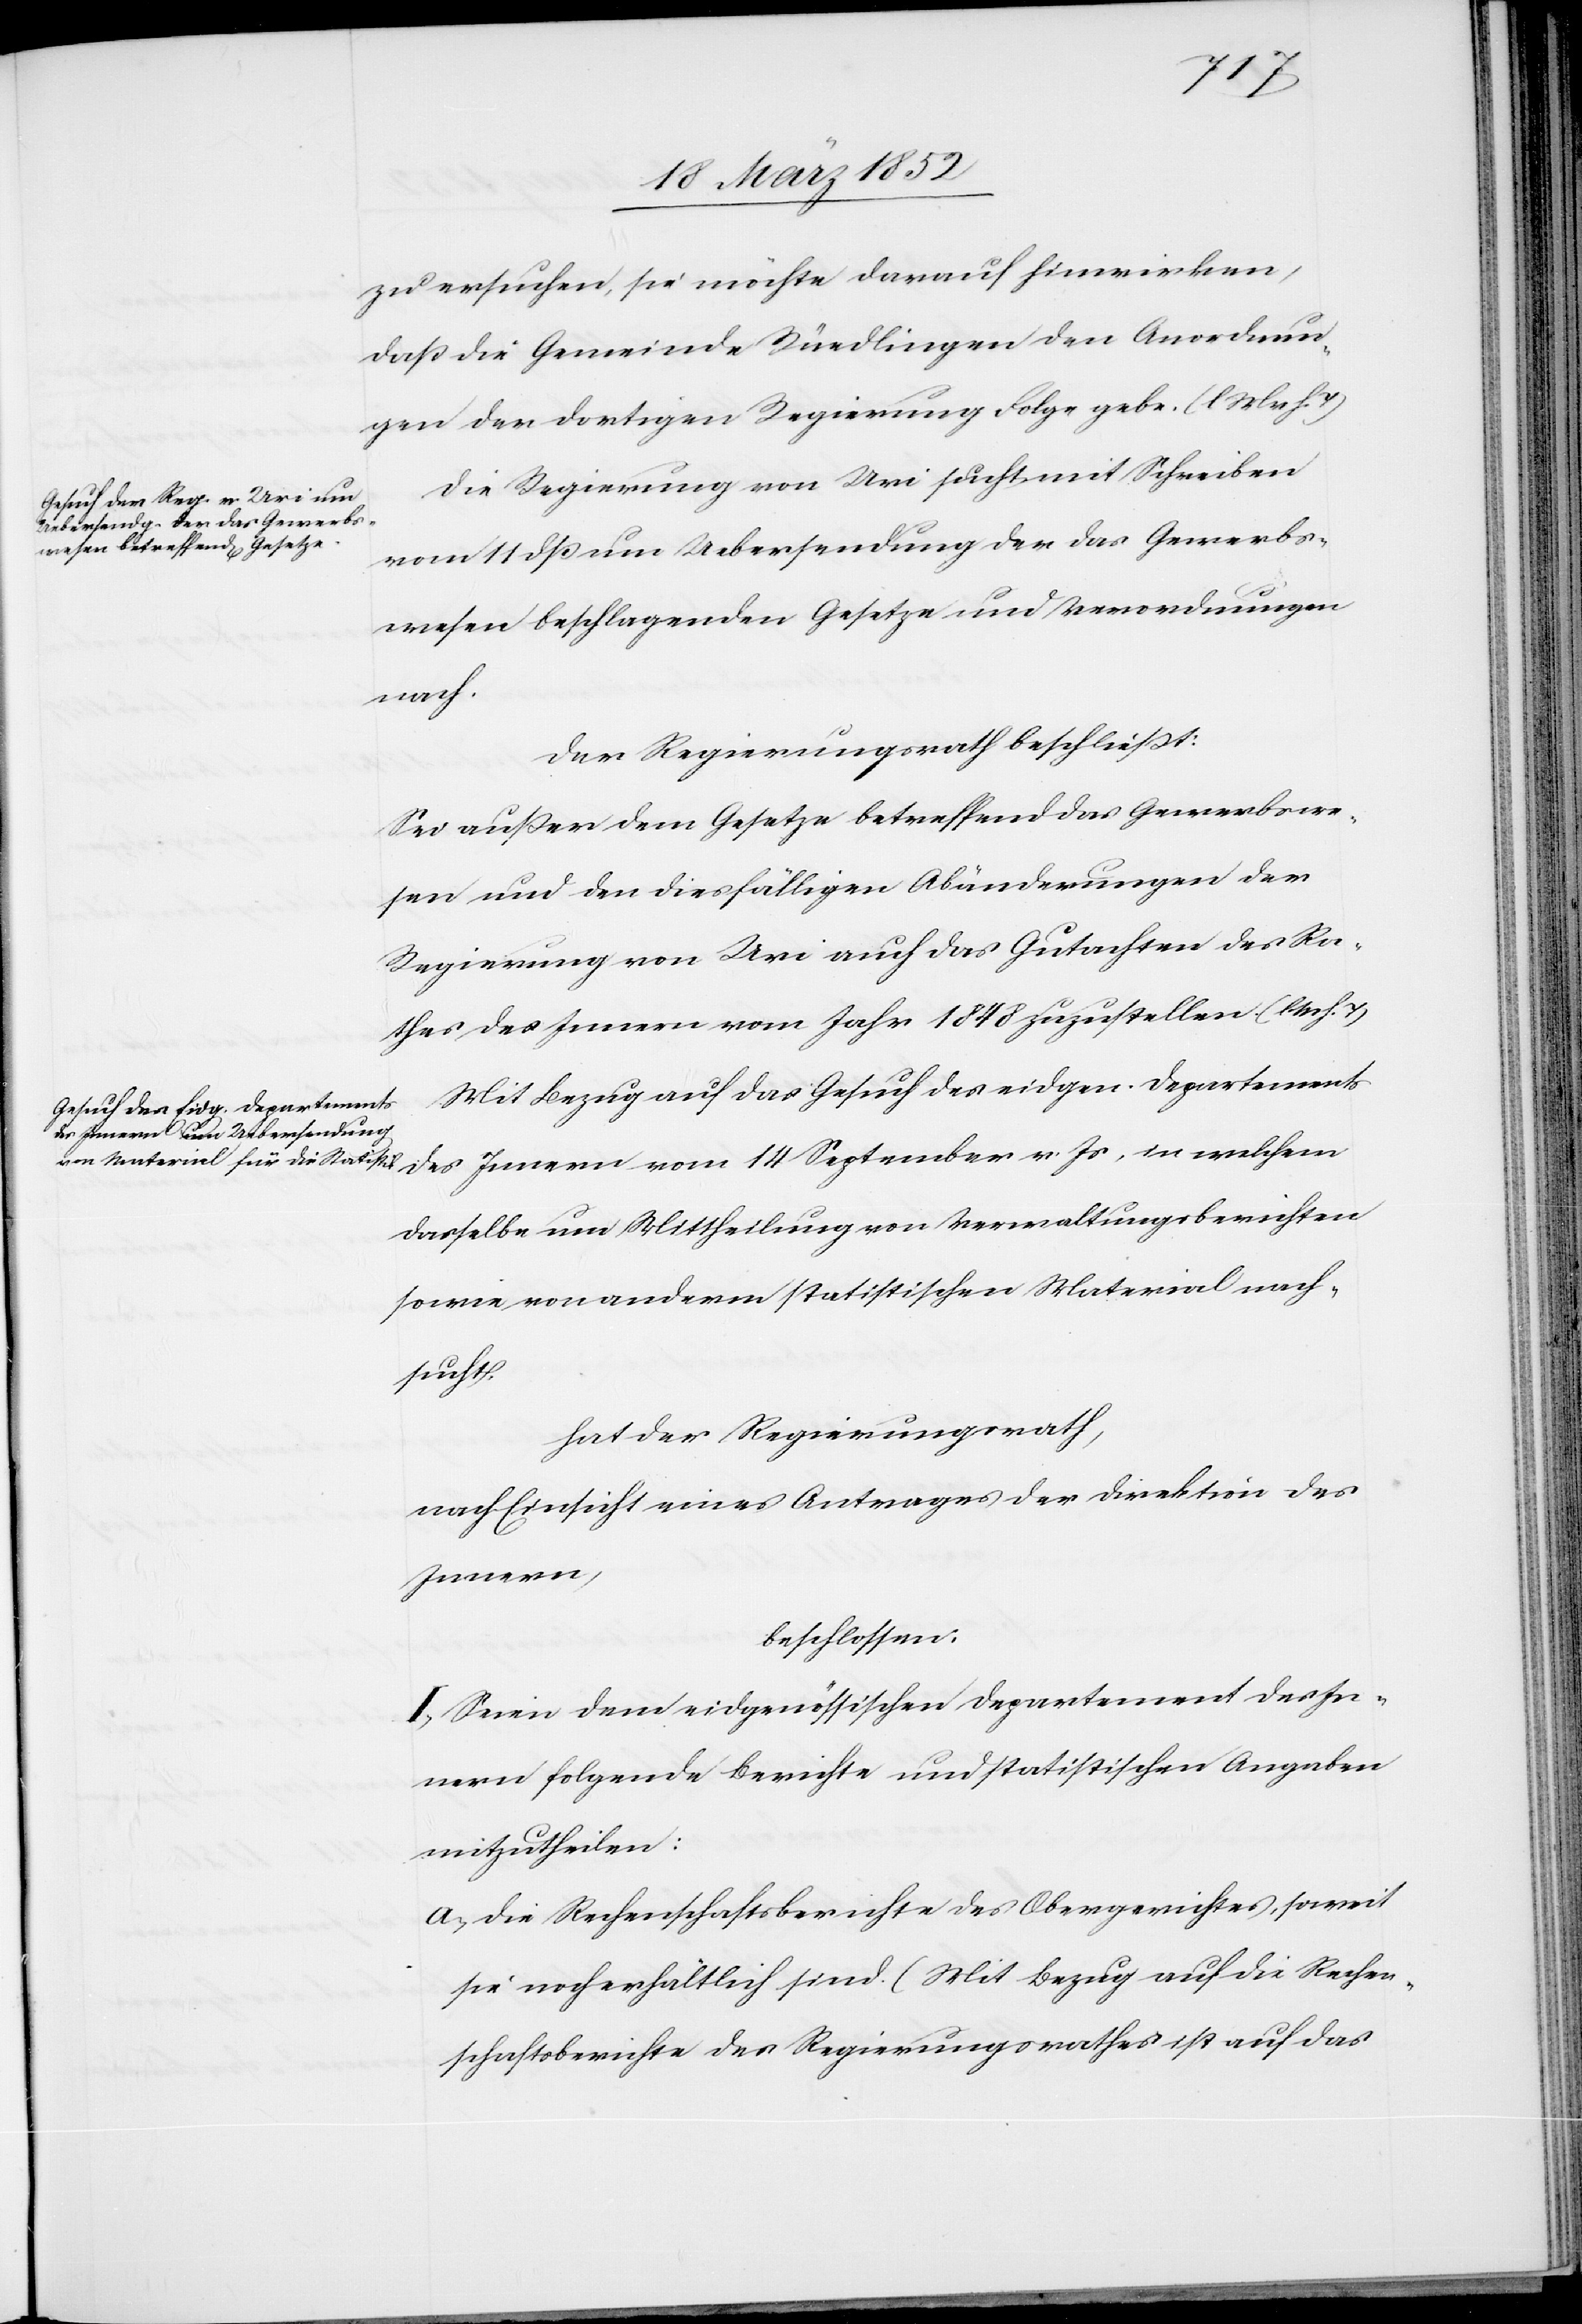
zu ersuchen, sie möchte darauf hinwirken,
daß die Gemeinde Rüedlingen den Anordnun¬
gen der dortigen Regierung Folge gebe. (l M v H. T)
Die Regierung von Uri sucht mit Schreiben
vom 11 dß um Uebersendung der das Gewerbs¬
wesen beschlagenden Gesetze und Verordnungen
nach.
Der Regierungsrath beschließt:
Sei außer dem Gesetze betreffend das Gewerbswe¬
sen und den diesfälligen Abänderungen der
Regierung von Uri auch das Gutachten des Ra¬
thes des Innern vom Jahr 1848 zuzustellen. (l M h. T)
Mit Bezug auf das Gesuch des eidgen. Departements
des Innern vom 14 September v. Js, in welchem
dasselbe um Mittheilung von Verwaltungsberichten
sowie von anderem statistischem Material nach¬
sucht,
hat der Regierungsrath,
nach Einsicht eines Antrages der Direktion des
Innern,
beschlossen:
I. Seien dem eidgenössischen Departement des In¬
nern folgende Berichte und statistischen Angaben
mitzutheilen:
a) die Rechenschaftsberichte des Obergerichtes, soweit
sie noch erhältlich sind. (Mit Bezug auf die Rechen¬
schaftsberichte des Regierungsrathes ist auf das